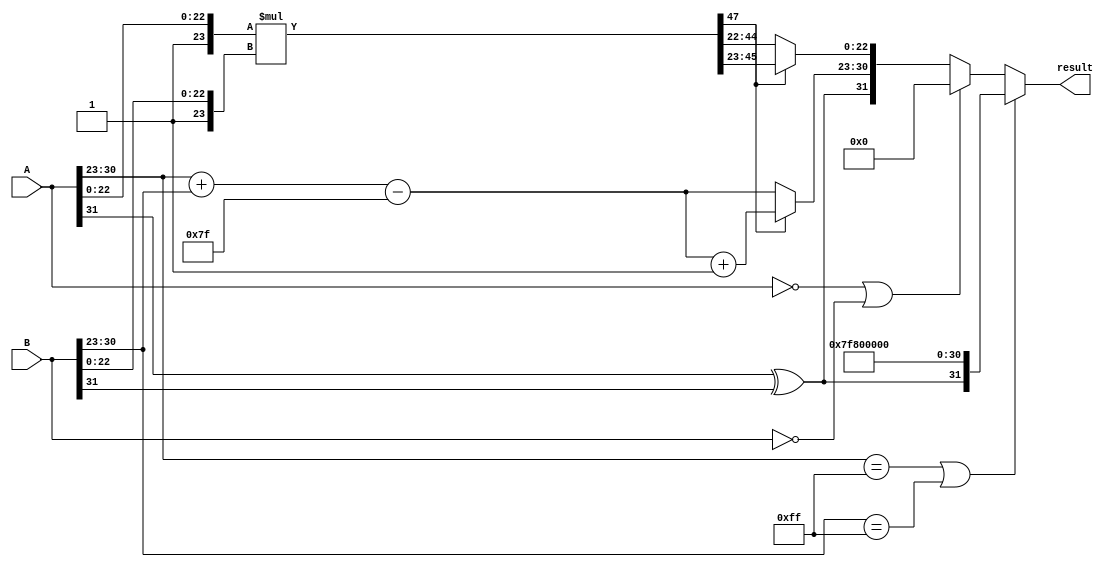
module floating_point_multiplier (
    input [31:0] A, // Single precision input A
    input [31:0] B, // Single precision input B
    output reg [31:0] result // Result of A * B
);

    // Constants for single precision
    localparam EXPONENT_BIAS = 127;
    localparam MANTISSA_WIDTH = 23;

    // Internal signals
    wire sign_A, sign_B;
    wire [7:0] exp_A, exp_B;
    wire [MANTISSA_WIDTH:0] mant_A, mant_B; // 24 bits for implicit leading 1
    wire [7:0] exp_result;
    wire sign_result;
    wire [47:0] mant_result; // 48 bits for mantissa multiplication
    reg [7:0] exp_final;
    reg [MANTISSA_WIDTH:0] mant_final;

    // Decompose inputs
    assign sign_A = A[31];
    assign exp_A = A[30:23];
    assign mant_A = {1'b1, A[22:0]}; // Add implicit leading 1

    assign sign_B = B[31];
    assign exp_B = B[30:23];
    assign mant_B = {1'b1, B[22:0]}; // Add implicit leading 1

    // Sign calculation
    assign sign_result = sign_A ^ sign_B;

    // Exponent calculation
    wire [8:0] exp_sum = exp_A + exp_B; // 8 bits to hold sum
    assign exp_result = exp_sum - EXPONENT_BIAS;

    // Mantissa multiplication
    assign mant_result = mant_A * mant_B; // 24 * 24 = 48 bits

    // Normalization
    always @(*) begin
        if (mant_result[47]) begin
            // Overflow case
            mant_final = mant_result[46:23]; // Shift right
            exp_final = exp_result + 1;
        end else begin
            // Normal case
            mant_final = mant_result[45:22]; // Keep 24 bits
            exp_final = exp_result;
        end
    end

    // Handle special cases
    always @(*) begin
        if (exp_A == 8'hFF || exp_B == 8'hFF) begin
            // One of the inputs is NaN or Infinity
            result = {sign_result, 8'hFF, 23'h0}; // Result is Infinity or NaN
        end else if (A == 32'h0 || B == 32'h0) begin
            // One of the inputs is zero
            result = 32'h0; // Result is zero
        end else begin
            // Construct the final result
            result = {sign_result, exp_final, mant_final[MANTISSA_WIDTH-1:0]};
        end
    end

endmodule